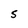
Character: S